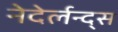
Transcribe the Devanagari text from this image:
नेदेर्लन्द्स